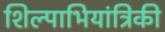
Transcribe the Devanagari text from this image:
शिल्पाभियांत्रिकी